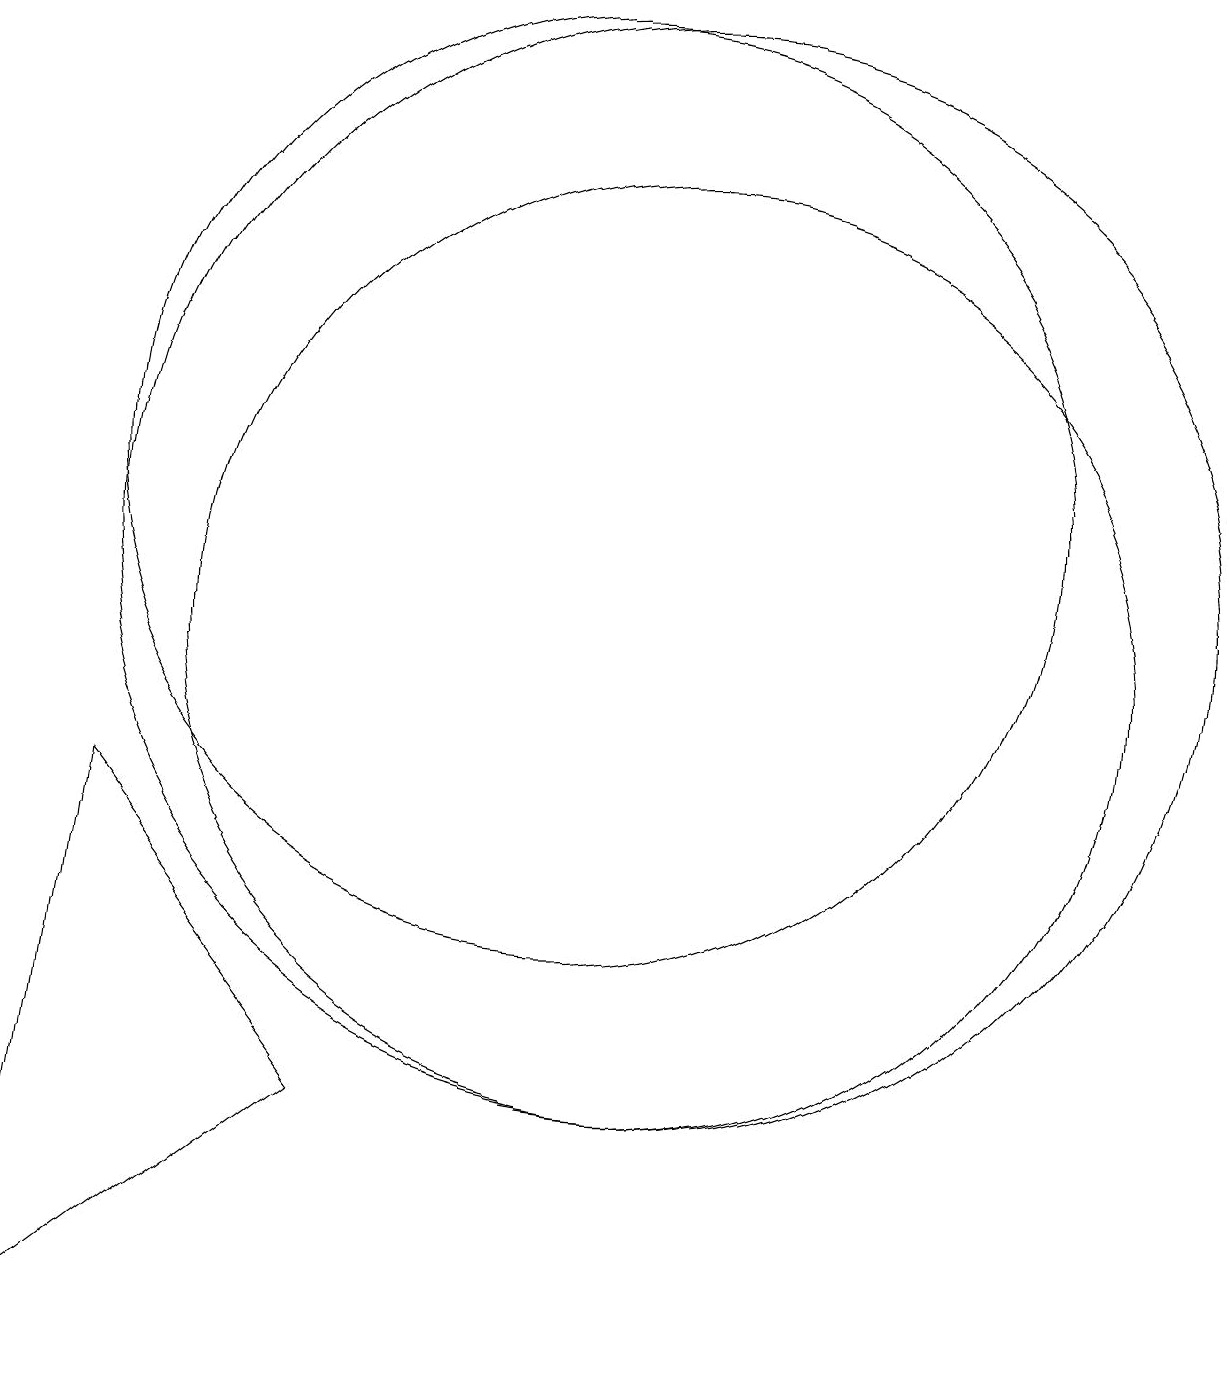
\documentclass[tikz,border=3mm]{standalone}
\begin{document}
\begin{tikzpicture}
\draw (11,10) circle (6);
\draw (3,1) -- (7,4) -- (4,8) -- cycle;
\draw (10,12) circle (6);
\draw (11,11) circle (7);
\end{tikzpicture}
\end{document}